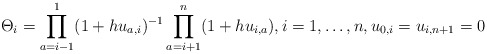
\begin{gather*}\Theta_i =\prod_{a=i-1}^{1} (1+h u_{a,i})^{-1} \prod_{a=i+1}^{n} (1+hu_{i,a}),i=1,\ldots,n, u_{0,i}=u_{i,n+1}=0\end{gather*}